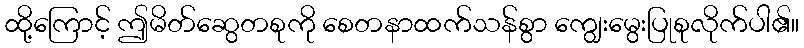
ထို့ကြောင့် ဤမိတ်ဆွေတစုကို စေတနာထက်သန်စွာ ကျွေးမွေးပြုစုလိုက်ပါ၏။